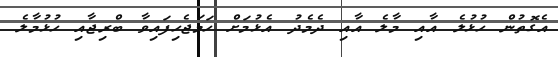
އެގޮތުން ހުޅުލެ އާއި މާލެ އާއި ދެމެދު އެޅުމަށް ހަމަޖެހިފައިވާ ބްރިޖާއި ހުޅުމާލެ